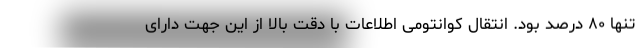
تنها ۸۰ درصد بود. انتقال کوانتومی اطلاعات با دقت بالا از این جهت دارای